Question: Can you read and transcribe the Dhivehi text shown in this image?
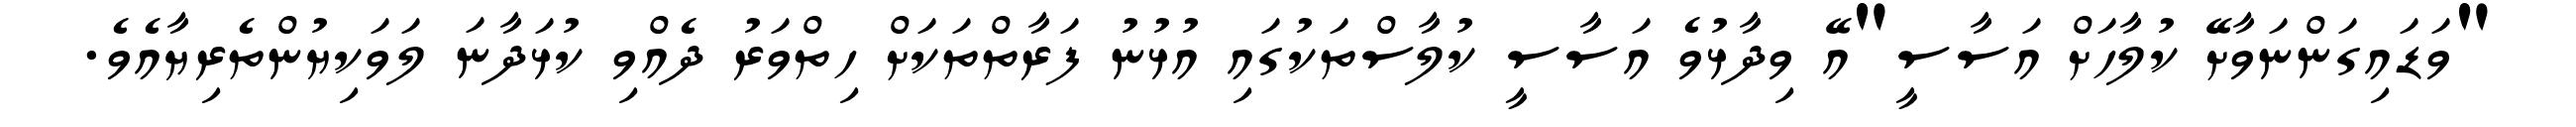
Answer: "ވަޑައިގަންނަވާށޭ ކުލާހަށް އަސާސީ"އޭ ވިދާޅުވެ އަސާސީ ކުލާސްތަކުގައި އުޅުނު ފަރާތްތަކަށް ހިތްވަރު ދެއްވި ކުޅަދާނަ ލަވަކިޔުންތެރިޔާއެވެ.